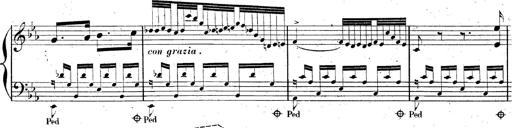
Title: AnnÃ©es de pÃ¨lerinage II, SupplÃ©ment
Composer: Franz Liszt